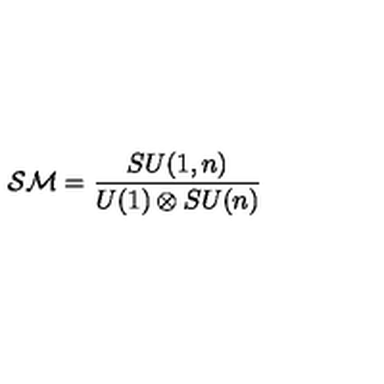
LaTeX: { \cal S M } = { \frac { S U ( 1 , n ) } { U ( 1 ) \otimes S U ( n ) } }